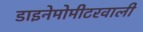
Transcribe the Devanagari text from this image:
डाइनेमोमीटरवाली